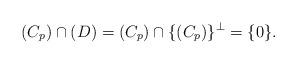
LaTeX: \begin{align*}(C_p) \cap (D)=(C_p) \cap \{(C_p)\}^{\perp}=\{0\}.\end{align*}